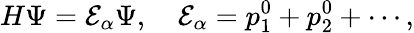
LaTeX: H\Psi=\mathcal{E}_{\alpha}\Psi,\quad\mathcal{E}_{\alpha}=p_{1}^{0}+p_{2}^{0}+\cdots,